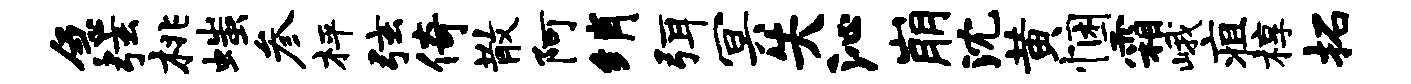
急弦桃嗤参枰弦倚散阿绡弭冥失沁崩沈黄悃霜峨疽椁拓